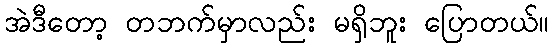
အဲဒီတော့ တဘက်မှာလည်း မရှိဘူး ပြောတယ်။